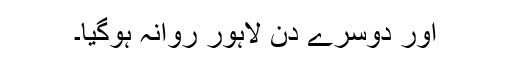
اور دوسرے دن لاہور روانہ ہوگیا۔